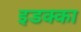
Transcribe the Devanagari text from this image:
इडक्‍का